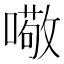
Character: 𱔻